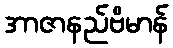
အာဇာနည်ဗိမာန်